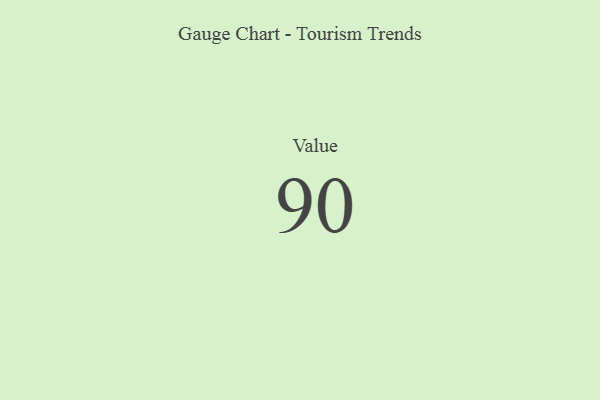
{"axis": {"x": "Metric", "y": "Value"}, "legend": [""], "data": [{"x": "Value", "y": 90, "type": ""}]}